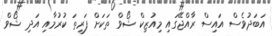
އަބަދުވެސް އައިސް ރާއްޖޭގައި މިއުޒިކް ޝޯވް ތަކަށް ފަރިތަ ކުުރުމާއި އަދި ޝޯވް